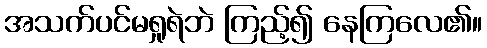
အသက်ပင်မရှုရဲဘဲ ကြည့်၍ နေကြလေ၏။